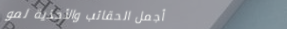
أجمل الحقائب والأحذية لمو